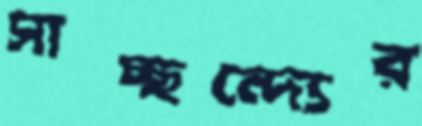
সাচ্ছন্দ্যের